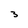
Character: 3